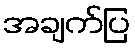
အချက်ပြ